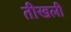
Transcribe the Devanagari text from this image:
तीखली